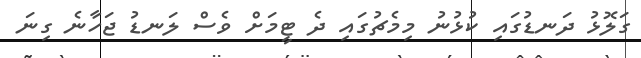
ގަލޮޅު ދަނޑުގައި ކުޅުނު މިމެޗުގައި ދެ ޓީމަށް ވެސް ލަނޑު ޖަހާނެ ގިނަ